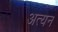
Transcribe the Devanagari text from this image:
अत्यन